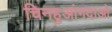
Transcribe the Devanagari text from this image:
चिनहुआंगदाओ